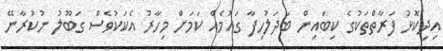
އިދިކޮޅު ފަރާތްތަކުގެ ކިބައިން ބަދަލުހިފާ ގައުމެއް ކަމަށް މިހާރު އެކަކުވެސް ގަބޫލު ނުކުރާނޭ